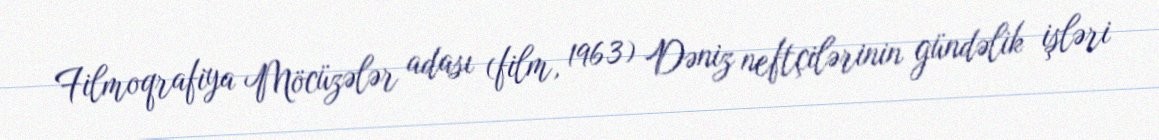
Filmoqrafiya Möcüzələr adası (film, 1963) Dəniz neftçilərinin gündəlik işləri